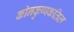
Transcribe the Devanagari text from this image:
कोनकुप्पकतिल